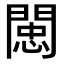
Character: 𨵖